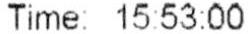
TIME: 15:53:00